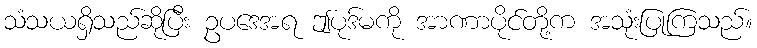
သံသယရှိသည်ဆိုပြီး ဥပဒေအရ ဤပုဒ်မကို အာဏာပိုင်တို့က အသုံးပြုကြသည်။